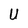
Character: U